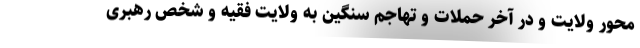
محور ولایت و در آخر حملات و تهاجم سنگین به ولایت فقیه و شخص رهبری